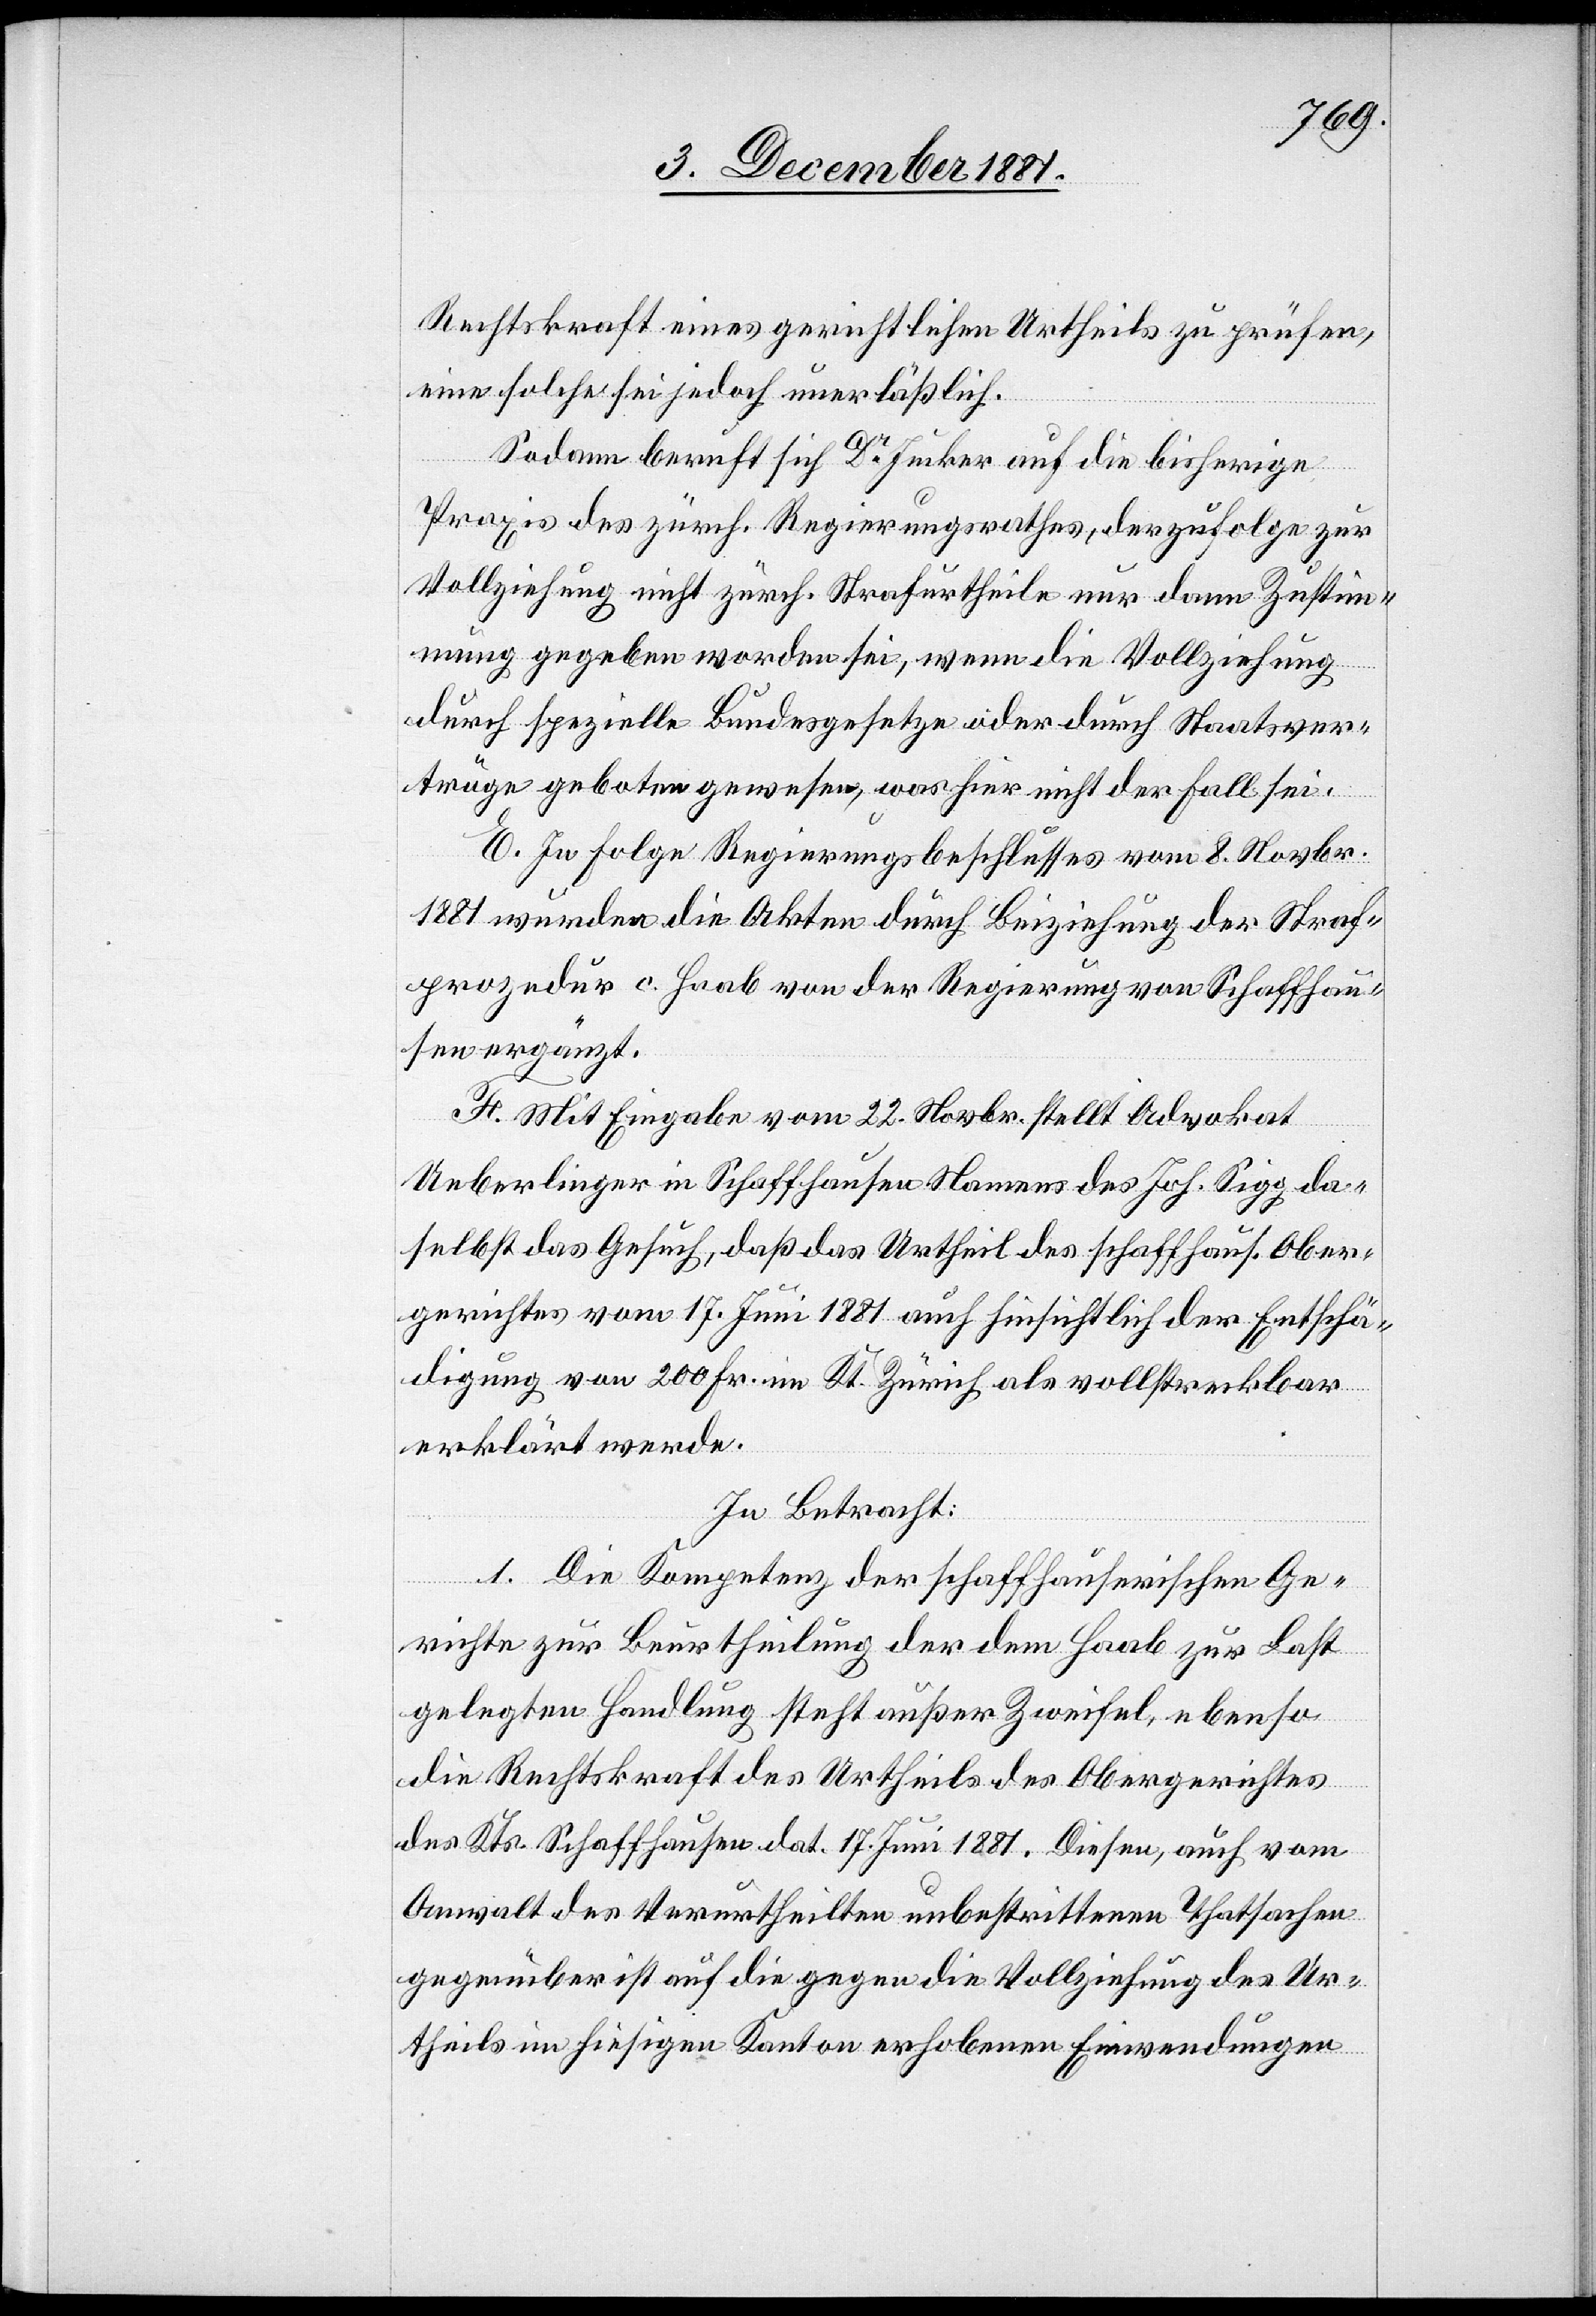
Rechtskraft eines gerichtlichen Urtheils zu prüfen,
eine solche sei jedoch unerläßlich.
Sodann beruft sich Dr Jucker auf die bisherige
Praxis des zürch. Regierungsrathes, derzufolge zur
Vollziehung nicht zürch. Strafurtheile nur dann Zustim¬
mung gegeben worden sei, wenn die Vollziehung
durch spezielle Bundesgesetze oder durch Staatsver¬
träge geboten gewesen, was hier nicht der Fall sei.
E. In Folge Regierungsbeschlusses vom 8. Novbr.
1881 wurden die Akten durch Beiziehung der Straf¬
prozedur c. Haab von der Regierung von Schaffhau¬
sen ergänzt.
F. Mit Eingabe vom 22. Novbr. stellt Advokat
Ueberlinger in Schaffhausen Namens des Joh. Sigg da¬
selbst das Gesuch, daß das Urtheil des schaffhaus. Ober¬
gerichtes vom 17. Juni 1881 auch hinsichtlich der Entschä¬
digung von 200 Fr. im Kt. Zürich als vollstreckbar
erklärt werde.
In Betracht:
1. Die Kompetenz der schaffhausischen Ge¬
richte zur Beurtheilung der dem Haab zur Last
gelegten Handlung steht außer Zweifel, ebenso
die Rechtskraft des Urtheils des Obergerichtes
des Kts. Schaffhausen dat. 17 Juni 1881. Diesen, auch vom
Anwalt des Verurtheilten unbestrittenen Thatsachen
gegenüber ist auf die gegen die Vollziehung des Ur¬
theils im hiesigen Kanton erhobenen Einwendungen